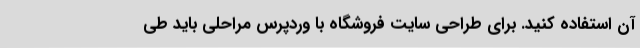
آن استفاده کنید. برای طراحی سایت فروشگاه با وردپرس مراحلی باید طی